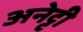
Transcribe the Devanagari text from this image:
अनेट्टी